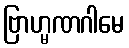
ဗြာဟ္မဏဂါမေ